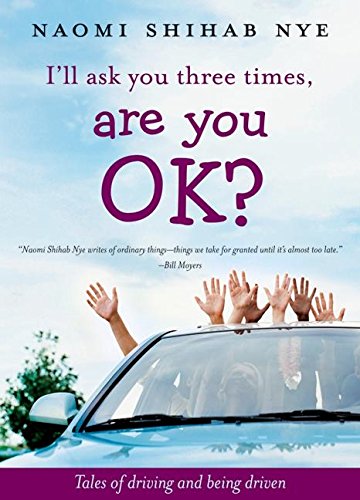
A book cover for I'll Ask You Three Times, Are You OK?: Tales of Driving and Being Driven; Naomi Shihab Nye; Teen & Young Adult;